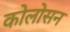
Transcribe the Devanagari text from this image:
कोलोसन